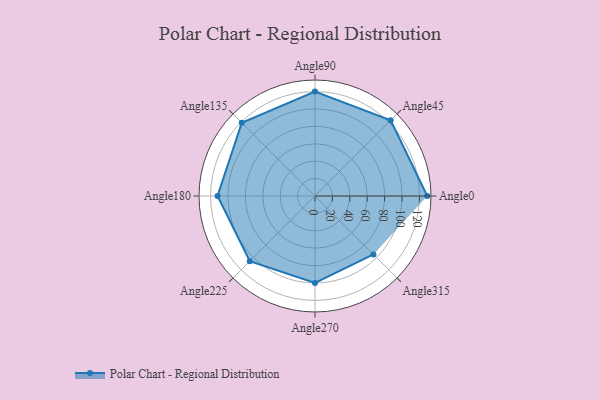
{"axis": {"x": "Angle", "y": "Radius"}, "legend": [""], "data": [{"x": "Angle0", "y": 129.0, "type": ""}, {"x": "Angle45", "y": 123.0, "type": ""}, {"x": "Angle90", "y": 120.0, "type": ""}, {"x": "Angle135", "y": 119.0, "type": ""}, {"x": "Angle180", "y": 112.0, "type": ""}, {"x": "Angle225", "y": 106.0, "type": ""}, {"x": "Angle270", "y": 100.0, "type": ""}, {"x": "Angle315", "y": 95.0, "type": ""}]}